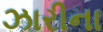
ઝારીના